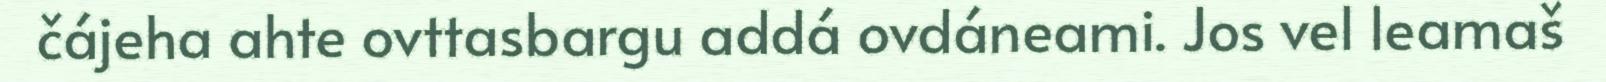
čájeha ahte ovttasbargu addá ovdáneami. Jos vel leamaš